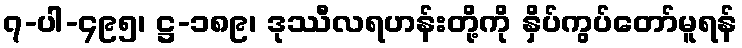
၇-ပါ-၄၉၅၊ ဋ္ဌ-၁၈၉၊ ဒုဿီလရဟန်းတို့ကို နှိပ်ကွပ်တော်မူရန်